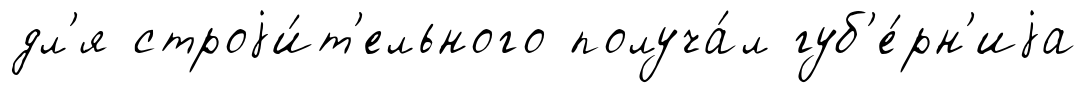
дл'я строjи́т'ельного получа́л губ'е́рн'иjа